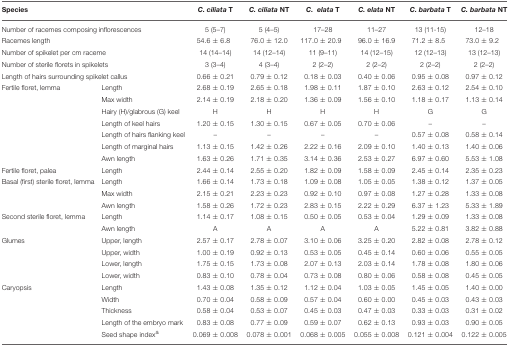
<table><thead><tr><td colspan="2"><b>Species</b></td><td><b><i>C. ciliata</i> T</b></td><td><b><i>C. ciliata</i> NT</b></td><td><b><i>C. elata</i> T</b></td><td><b><i>C. elata</i> NT</b></td><td><b><i>C. barbata</i> T</b></td><td><b><i>C. barbata</i> NT</b></td></tr></thead><tbody><tr><td colspan="2">Number of racemes composing inflorescences</td><td>5 (5–7)</td><td>5 (4–5)</td><td>17–28</td><td>11–27</td><td>13 (11-15)</td><td>12–18</td></tr><tr><td colspan="2">Racemes length</td><td>54.6 ± 6.8</td><td>76.0 ± 12.0</td><td>117.0 ± 20.9</td><td>96.0 ± 16.9</td><td>71.2 ± 8.5</td><td>73.0 ± 9.2</td></tr><tr><td colspan="2">Number of spikelet per cm raceme</td><td>14 (14–14)</td><td>14 (12–14)</td><td>11 (9–11)</td><td>14 (12–15)</td><td>12 (12–13)</td><td>13 (12–13)</td></tr><tr><td colspan="2">Number of sterile florets in spikelets</td><td>3 (3–4)</td><td>4 (3–4)</td><td>2 (2–2)</td><td>2 (2–2)</td><td>2 (2–2)</td><td>2 (2–2)</td></tr><tr><td colspan="2">Length of hairs surrounding spikelet callus</td><td>0.66 ± 0.21</td><td>0.79 ± 0.12</td><td>0.18 ± 0.03</td><td>0.40 ± 0.06</td><td>0.95 ± 0.08</td><td>0.97 ± 0.12</td></tr><tr><td>Fertile floret, lemma</td><td>Length</td><td>2.68 ± 0.19</td><td>2.65 ± 0.18</td><td>1.98 ± 0.11</td><td>1.87 ± 0.10</td><td>2.63 ± 0.12</td><td>2.54 ± 0.10</td></tr><tr><td></td><td>Max width</td><td>2.14 ± 0.19</td><td>2.18 ± 0.20</td><td>1.36 ± 0.09</td><td>1.56 ± 0.10</td><td>1.18 ± 0.17</td><td>1.13 ± 0.14</td></tr><tr><td></td><td>Hairy (H)/glabrous (G) keel</td><td>H</td><td>H</td><td>H</td><td>H</td><td>G</td><td>G</td></tr><tr><td></td><td>Length of keel hairs</td><td>1.20 ± 0.15</td><td>1.30 ± 0.15</td><td>0.67 ± 0.05</td><td>0.70 ± 0.06</td><td>–</td><td>–</td></tr><tr><td></td><td>Length of hairs flanking keel</td><td>–</td><td>–</td><td>–</td><td>–</td><td>0.57 ± 0.08</td><td>0.58 ± 0.14</td></tr><tr><td></td><td>Length of marginal hairs</td><td>1.13 ± 0.15</td><td>1.42 ± 0.26</td><td>2.22 ± 0.16</td><td>2.09 ± 0.10</td><td>1.40 ± 0.13</td><td>1.40 ± 0.06</td></tr><tr><td></td><td>Awn length</td><td>1.63 ± 0.26</td><td>1.71 ± 0.35</td><td>3.14 ± 0.36</td><td>2.53 ± 0.27</td><td>6.97 ± 0.60</td><td>5.53 ± 1.08</td></tr><tr><td>Fertile floret, palea</td><td>Length</td><td>2.44 ± 0.14</td><td>2.55 ± 0.20</td><td>1.82 ± 0.09</td><td>1.58 ± 0.09</td><td>2.45 ± 0.14</td><td>2.35 ± 0.23</td></tr><tr><td>Basal (first) sterile floret, lemma</td><td>Length</td><td>1.66 ± 0.14</td><td>1.73 ± 0.18</td><td>1.09 ± 0.08</td><td>1.05 ± 0.05</td><td>1.38 ± 0.12</td><td>1.37 ± 0.05</td></tr><tr><td></td><td>Max width</td><td>2.15 ± 0.21</td><td>2.23 ± 0.23</td><td>0.92 ± 0.10</td><td>0.97 ± 0.08</td><td>1.27 ± 0.28</td><td>1.33 ± 0.08</td></tr><tr><td></td><td>Awn length</td><td>1.58 ± 0.26</td><td>1.72 ± 0.23</td><td>2.83 ± 0.15</td><td>2.22 ± 0.29</td><td>6.37 ± 1.23</td><td>5.33 ± 1.89</td></tr><tr><td>Second sterile floret, lemma</td><td>Length</td><td>1.14 ± 0.17</td><td>1.08 ± 0.15</td><td>0.50 ± 0.05</td><td>0.53 ± 0.04</td><td>1.29 ± 0.09</td><td>1.33 ± 0.08</td></tr><tr><td></td><td>Awn length</td><td>A</td><td>A</td><td>A</td><td>A</td><td>5.22 ± 0.81</td><td>3.82 ± 0.88</td></tr><tr><td>Glumes</td><td>Upper, length</td><td>2.57 ± 0.17</td><td>2.78 ± 0.07</td><td>3.10 ± 0.06</td><td>3.25 ± 0.20</td><td>2.82 ± 0.08</td><td>2.78 ± 0.12</td></tr><tr><td></td><td>Upper, width</td><td>1.00 ± 0.19</td><td>0.92 ± 0.13</td><td>0.53 ± 0.05</td><td>0.45 ± 0.14</td><td>0.60 ± 0.06</td><td>0.55 ± 0.05</td></tr><tr><td></td><td>Lower, length</td><td>1.75 ± 0.15</td><td>1.73 ± 0.08</td><td>2.07 ± 0.13</td><td>2.03 ± 0.14</td><td>1.78 ± 0.08</td><td>1.80 ± 0.06</td></tr><tr><td></td><td>Lower, width</td><td>0.83 ± 0.10</td><td>0.78 ± 0.04</td><td>0.73 ± 0.08</td><td>0.80 ± 0.06</td><td>0.58 ± 0.08</td><td>0.45 ± 0.05</td></tr><tr><td>Caryopsis</td><td>Length</td><td>1.43 ± 0.08</td><td>1.35 ± 0.12</td><td>1.12 ± 0.04</td><td>1.03 ± 0.05</td><td>1.45 ± 0.05</td><td>1.40 ± 0.00</td></tr><tr><td></td><td>Width</td><td>0.70 ± 0.04</td><td>0.58 ± 0.09</td><td>0.57 ± 0.04</td><td>0.60 ± 0.00</td><td>0.45 ± 0.03</td><td>0.43 ± 0.03</td></tr><tr><td></td><td>Thickness</td><td>0.58 ± 0.04</td><td>0.53 ± 0.07</td><td>0.45 ± 0.03</td><td>0.47 ± 0.03</td><td>0.33 ± 0.03</td><td>0.31 ± 0.02</td></tr><tr><td></td><td>Length of the embryo mark</td><td>0.83 ± 0.08</td><td>0.77 ± 0.09</td><td>0.59 ± 0.07</td><td>0.62 ± 0.13</td><td>0.93 ± 0.03</td><td>0.90 ± 0.05</td></tr><tr><td></td><td>Seed shape index<sup>a</sup></td><td>0.069 ± 0.008</td><td>0.078 ± 0.001</td><td>0.068 ± 0.005</td><td>0.055 ± 0.008</td><td>0.121 ± 0.004</td><td>0.122 ± 0.005</td></tr></tbody></table>